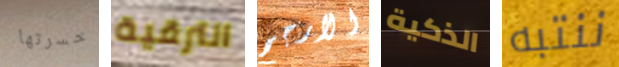
خسرتها الترقية الارجح الذكية ننتبه